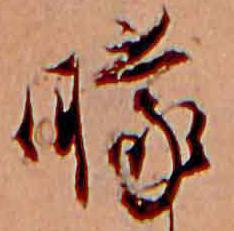
朦